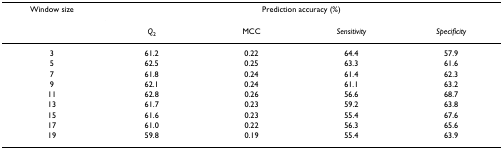
| Window size | <COLSPAN=4> Prediction accuracy (%) |
 |  | Q2 | MCC | Sensitivity | Specificity |
 | --- | --- | --- | --- | --- |
 | 3 | 61.2 | 0.22 | 64.4 | 57.9 |
 | 5 | 62.5 | 0.25 | 63.3 | 61.6 |
 | 7 | 61.8 | 0.24 | 61.4 | 62.3 |
 | 9 | 62.1 | 0.24 | 61.1 | 63.2 |
 | 11 | 62.8 | 0.26 | 56.6 | 68.7 |
 | 13 | 61.7 | 0.23 | 59.2 | 63.8 |
 | 15 | 61.6 | 0.23 | 55.4 | 67.6 |
 | 17 | 61.0 | 0.22 | 56.3 | 65.6 |
 | 19 | 59.8 | 0.19 | 55.4 | 63.9 |